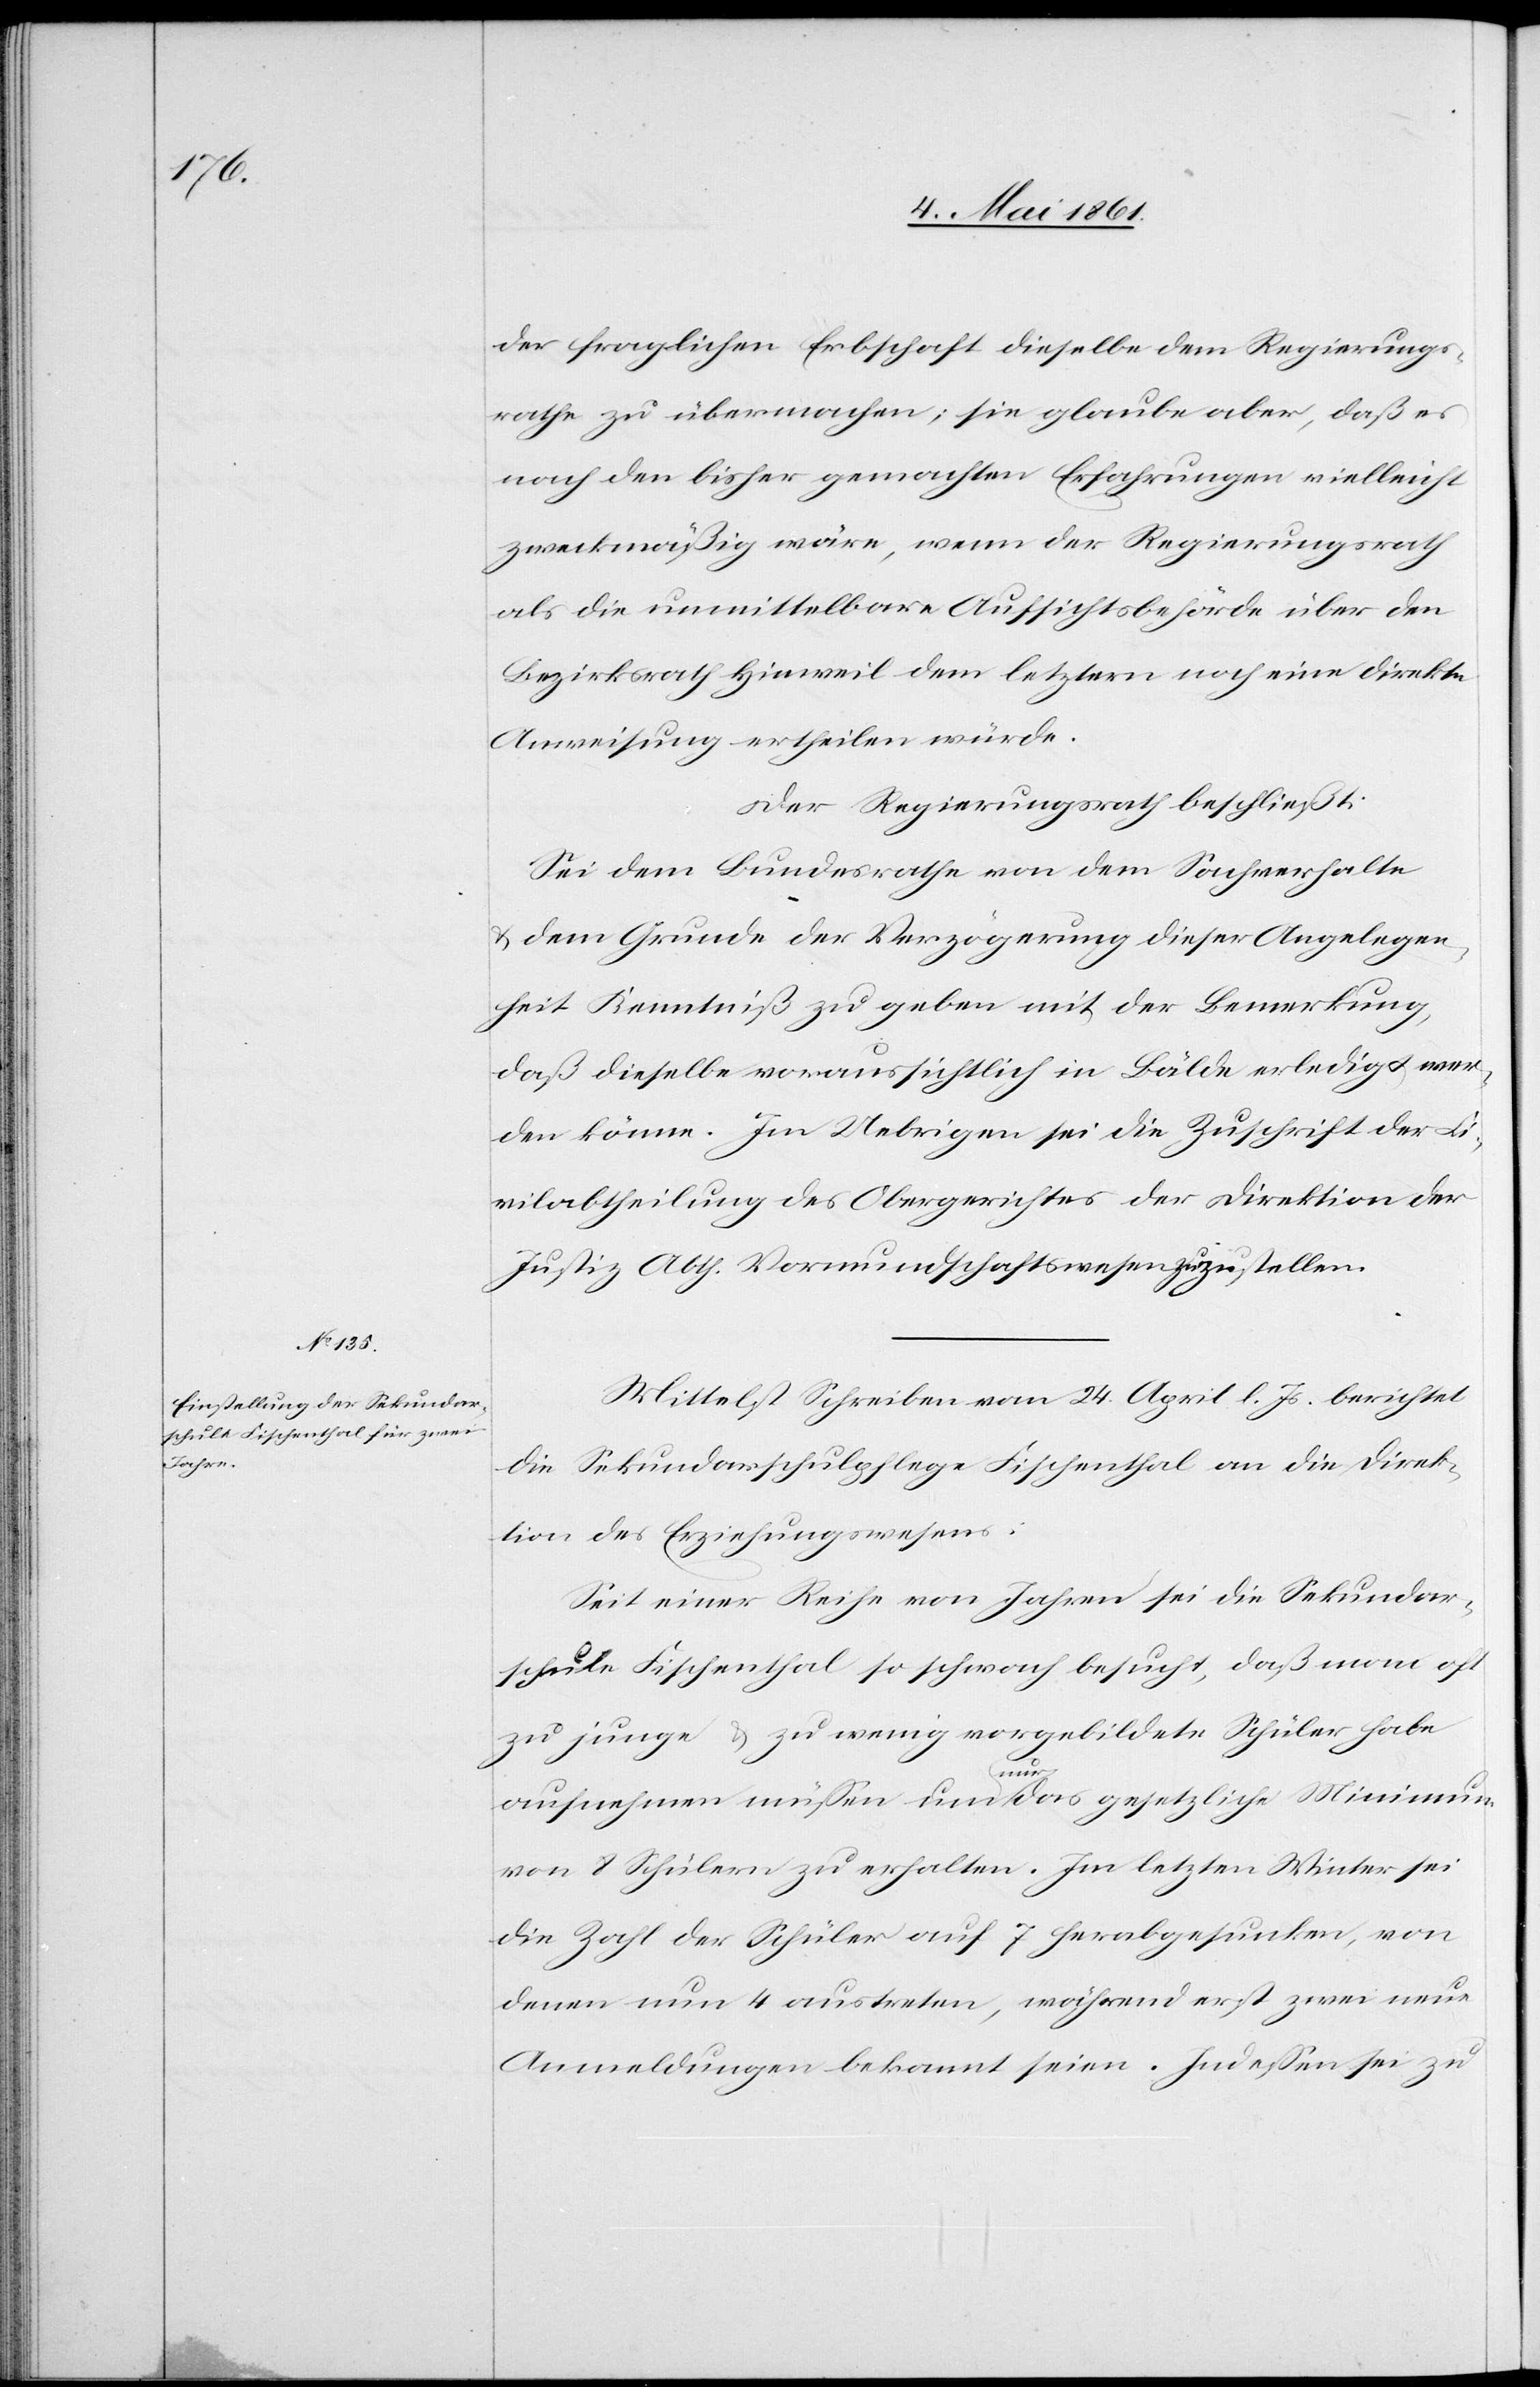
der fraglichen Erbschaft dieselbe dem Regierungs¬
rathe zu übermachen; sie glaube aber, daß es
nach den bisher gemachten Erfahrungen vielleicht
zweckmäßig wäre, wenn der Regierungsrath
als die unmittelbare Aufsichtsbehörde über den
Bezirksrath Hinweil dem letztern noch eine direkte
Anweisung ertheilen würde.
Der Regierungsrath beschließt:
Sei dem Bundesrathe von dem Sachverhalte
u. dem Grunde der Verzögerung dieser Angelegen¬
heit Kenntniß zu geben mit der Bemerkung,
daß dieselbe voraussichtlich in Bälde erledigt wer¬
den könne. Im Uebrigen sei die Zuschrift der Ci¬
vilabtheilung des Obergerichtes der Direktion der
Justiz Abth. Vormundschaftswesen zuzustellen.
Mittelst Schreiben vom 24. April l. Js. berichtet
die Sekundarschulpflege Fischenthal an die Direk¬
tion des Erziehungswesens:
Seit einer Reihe von Jahren sei die Sekundar¬
schule Fischenthal so schwach besucht, daß man oft
zu junge u. zu wenig vorgebildete Schüler habe
aufnehmen müssen um nur das gesetzliche Minimum
von 8 Schülern zu erhalten. Im letzten Winter sei
die Zahl der Schüler auf 7 herabgesunken, von
denen nun 4 austreten, während erst zwei neue
Anmeldungen bekannt seien. Indessen sei zu